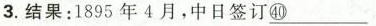
3.结果：1895年4月，中日签订\underline{㊵}